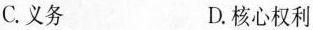
C.义务 D.核心权利